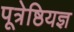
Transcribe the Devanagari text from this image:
पूत्रेष्ठियज्ञ